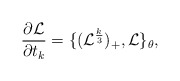
\begin{align*}\frac{\partial {\mathcal L}}{\partial t_{k}}=\{({\mathcal L}^{\frac{k}{3}})_{+} ,{\mathcal L}\}_{\theta},\end{align*}